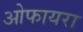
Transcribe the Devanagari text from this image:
ओफायरा